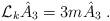
LaTeX: \begin{align*}\mathcal{L}_{k} \hat{A}_3=3m\hat{A}_3 \; .\end{align*}